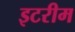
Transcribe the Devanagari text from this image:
इटरीम